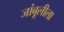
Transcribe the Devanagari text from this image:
जांबूलीला